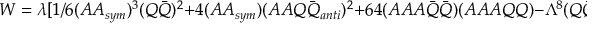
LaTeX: W = \lambda [ 1 / 6 ( A A _ { s y m } ) ^ { 3 } ( Q { \bar { Q } } ) ^ { 2 } + 4 ( A A _ { s y m } ) ( A A Q { \bar { Q } } _ { a n t i } ) ^ { 2 } + 6 4 ( A A A { \bar { Q } } { \bar { Q } } ) ( A A A Q Q ) - \Lambda ^ { 8 } ( Q { \bar { Q } } ) ] ,